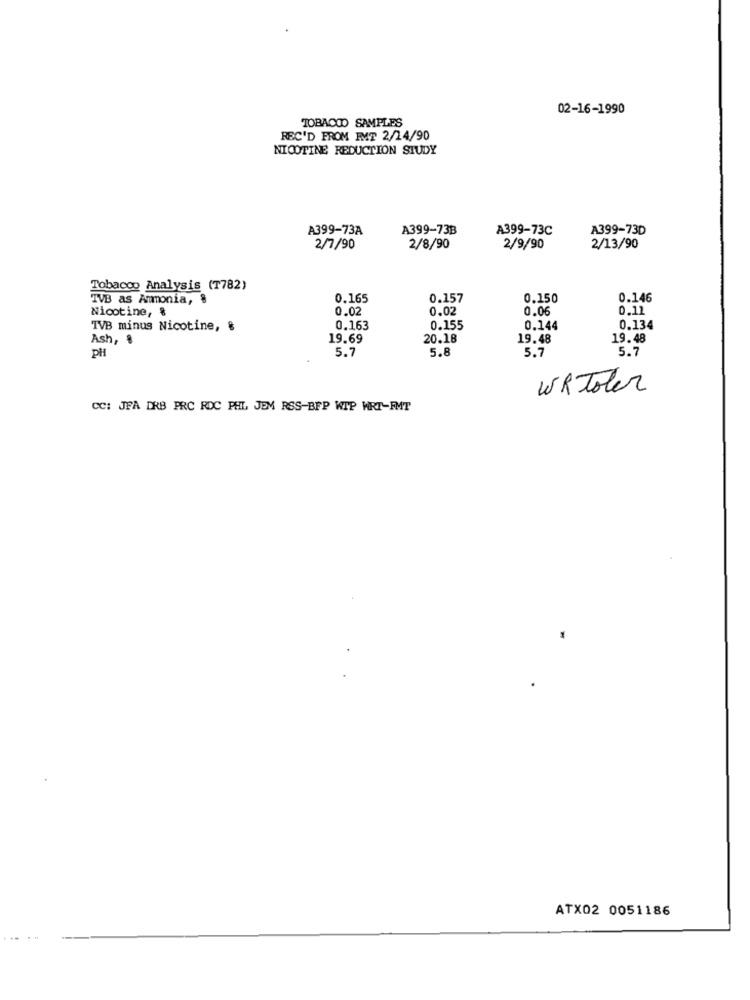
02-16-1990
TOBACCO SAMPLES
REC'D FROM IMT 2/14/90
NICOTINE REDUCTION STUDY
A399-73A
A399-73B
A399-73C
A399-73D
2/7/90
2/8/90
2/9/90
2/13/90
Tobacco Analysis (T782)
IVB as Ammonia, 8
0.165
0.157
0.150
0.146
Nicotine, &
0.02
0.02
0.06
0.11
TVB minus Nicotine, &
0.163
0.155
0.144
0.134
Ash, $
19.69
20.18
19.48
19.48
5.7
5.8
5.7
PH
5.7
WRToler
CC: JFA DRB PRC RDC PHL JEM RSS-BFP WIP WRT-FMT
ATX02 0051186